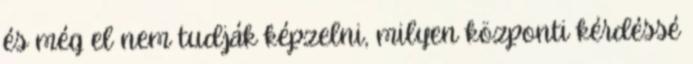
és még el nem tudják képzelni, milyen központi kérdéssé